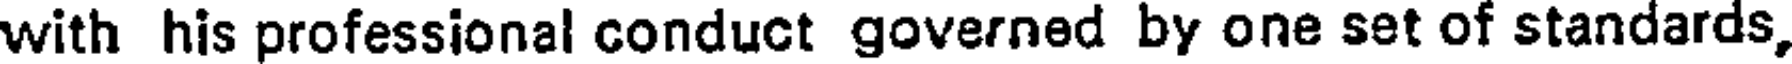
with his professional conduct governed by one set of standards,